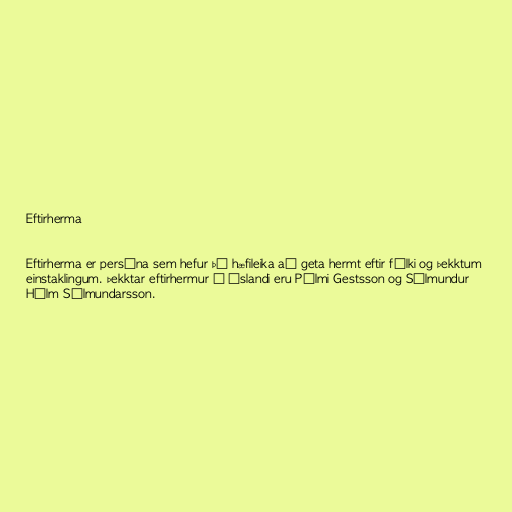
Eftirherma

Eftirherma er persóna sem hefur þá hæfileika að geta hermt eftir fólki og þekktum
einstaklingum. Þekktar eftirhermur á Íslandi eru Pálmi Gestsson og Sólmundur
Hólm Sólmundarsson.